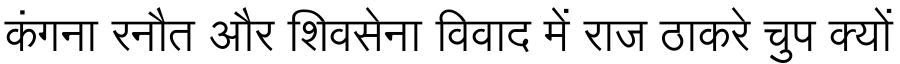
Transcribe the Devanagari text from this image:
कंगना रनौत और शिवसेना विवाद में राज ठाकरे चुप क्यों